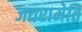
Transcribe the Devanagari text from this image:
जयरामेति